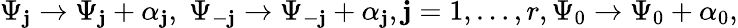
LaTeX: \Psi_{\mathbf{j}}\rightarrow\Psi_{\mathbf{j}}+\alpha_{\mathbf{j}},\; \Psi_{-\mathbf{j}}\rightarrow\Psi_{-\mathbf{j}}+\alpha_{\mathbf{j}},\mathbf{j}=1,\ldots,r,\Psi_{0}\rightarrow\Psi_{0}+\alpha_{0},